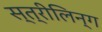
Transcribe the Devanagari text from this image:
स्त्रीलिन्ग